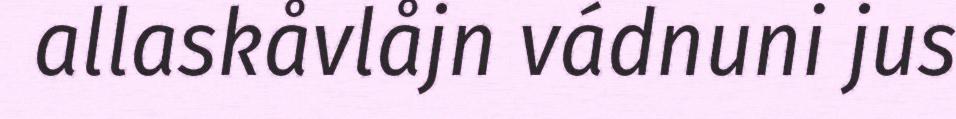
allaskåvlåjn vádnuni jus